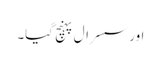
اور سسرال پہنچ گیا۔